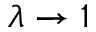
\lambda \rightarrow 1